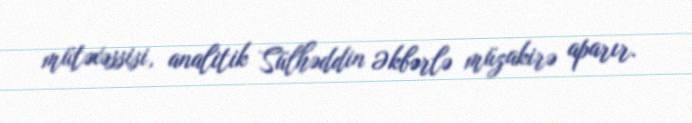
mütəxəssisi, analitik Sülhəddin Əkbərlə müzakirə aparır.